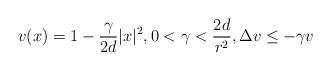
LaTeX: \begin{align*} v(x)=1-\frac{\gamma}{2d}|x|^2, 0<\gamma<\frac{2d}{r^2}, \Delta v\le -\gamma v\end{align*}